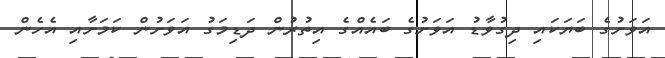
އަވަށުގެ ބަޔަކައި ދިގުވާޑު އަވަށުގެ ބައެއްގެ އިތުރުން ދަޑިމަގު އަވަށުން ކަމަށާއި އެހެން